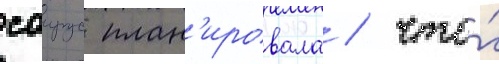
саирус план'ировала / что́